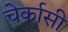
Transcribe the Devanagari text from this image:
चेर्कासी